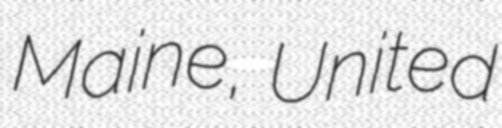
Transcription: Maine, United